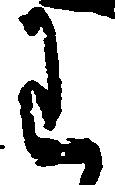
わ